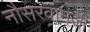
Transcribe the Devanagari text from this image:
नौसरवानजी